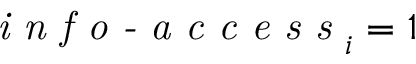
\textit { i n f o - a c c e s s } _ { i } = 1